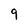
Character: 9